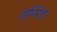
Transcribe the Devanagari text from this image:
थप्पित